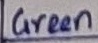
Text: Green